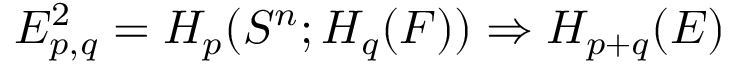
E _ { p , q } ^ { 2 } = H _ { p } ( S ^ { n } ; H _ { q } ( F ) ) \Rightarrow H _ { p + q } ( E )